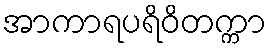
အာကာရပရိဝိတက္ကာ